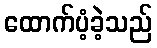
ထောက်ပံ့ခဲ့သည်